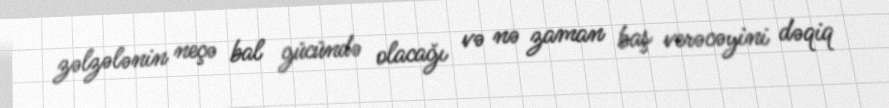
zəlzələnin neçə bal gücündə olacağı və nə zaman baş verəcəyini dəqiq